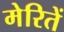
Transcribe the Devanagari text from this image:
मेरितें